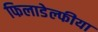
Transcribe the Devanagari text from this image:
फिलाडेल्फीया